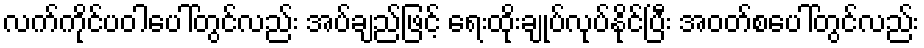
လက်ကိုင်ပဝါပေါ်တွင်လည်း အပ်ချည်ဖြင့် ရေးထိုးချုပ်လုပ်နိုင်ပြီး အဝတ်စပေါ်တွင်လည်း